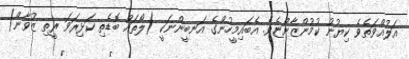
އަލުއްވަތެވެ ކިޔުނު ކުމުންޒާންޏެވެ. އެބައިމީހުންގެ އަނބީންނަކީ (ލޯތައް ބޮޑެތި ކަޅިރަވަ ރީތި ޒުވާން)